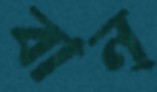
বান্